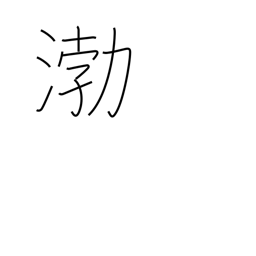
Meaning: place name